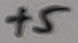
Text: +5